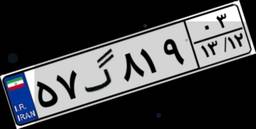
۵۷گ۸۱۹۰۳